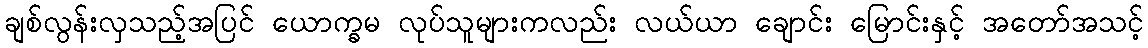
ချစ်လွန်းလှသည့်အပြင် ယောက္ခမ လုပ်သူများကလည်း လယ်ယာ ချောင်း မြောင်းနှင့် အတော်အသင့်